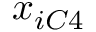
x _ { i C 4 }